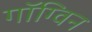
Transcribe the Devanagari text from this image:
गॉग्विन